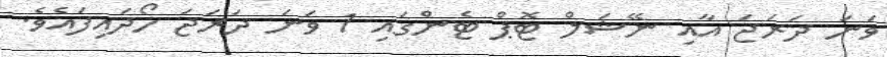
ވަނަ ދަރަޖަ އާއި ނޭޝަލް ޓޮޕް ޓެންގައި 1 ވަނަ ދަރަޖަ ހޯދައިފައެވެ.